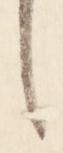
言